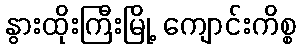
နွားထိုးကြီးမြို့ ကျောင်းကိစ္စ